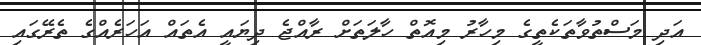
އަދި މަސްތުވާތަކެތީގެ މިހާރު މިއޮތް ހާލަތަށް ރާއްޖެ ދިޔައީ އެތައް އަހަރެއްގެ ތެރޭގައި